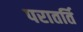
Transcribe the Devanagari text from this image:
परातर्ति